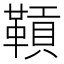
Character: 𩌌